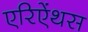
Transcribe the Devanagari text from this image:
एरिऐंथस